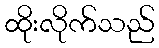
ထိုးလိုက်သည်